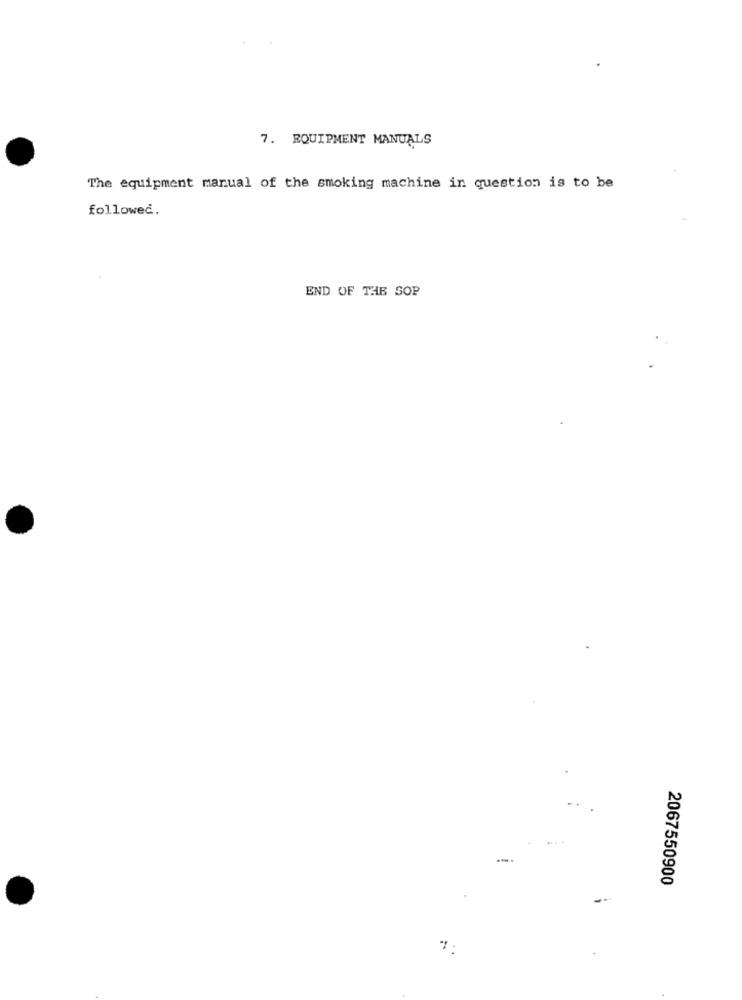
7. EQUIPMENT MANUALS
The equipment manual of the smoking machine in question is to be
followed.
END OF THE SOP
2067550900